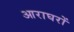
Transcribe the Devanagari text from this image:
आराघरों